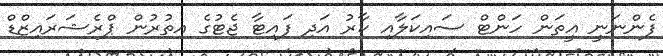
ފެންނަނީ އީތަން ހަންޓް ސައިކަލާއި ކާރު އަދި ފައިޓާ ޖެޓުގެ އިތުރުން ޕްރެޝަރައިޒްޑް